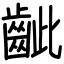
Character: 齜